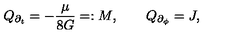
Q _ { \partial _ { t } } = - \frac { \mu } { 8 G } = : M , \qquad Q _ { \partial _ { \phi } } = J ,